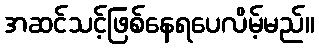
အဆင်သင့်ဖြစ်နေရပေလိမ့်မည်။